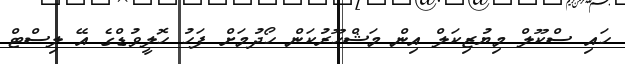
ހައި ސްކޫލް މިޔުޒިކަލް އިން މަޝްހޫރުކަން ހޯދުމަށް ފަހު ހޮލީވުޑްގެ އޭ ލިސްޓް